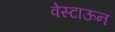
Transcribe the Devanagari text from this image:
वेस्टाऊन